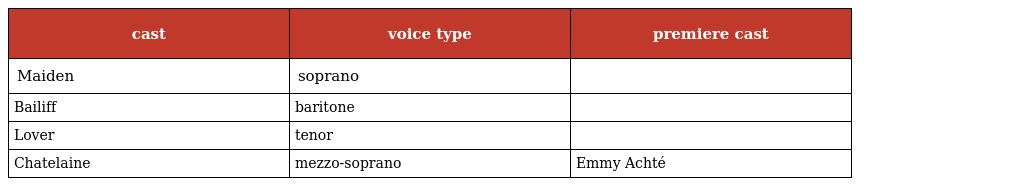
| cast | voice type | premiere cast |
 | --- | --- | --- |
 | Maiden | soprano |  |
 | Bailiff | baritone |  |
 | Lover | tenor |  |
 | Chatelaine | mezzo-soprano | Emmy Achté |